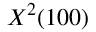
X ^ { 2 } ( 1 0 0 )